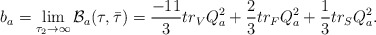
\begin{align*}b_a = \lim_{\tau_{2} \rightarrow\infty} {\cal B}_{a}(\tau, \bar \tau) = \frac{-11}{3} tr_{V} Q_a^2 +{\frac{2}{3}} tr_{F} Q_a^2 + {\frac{1}{3}} tr_{S} Q_a^2 .\end{align*}